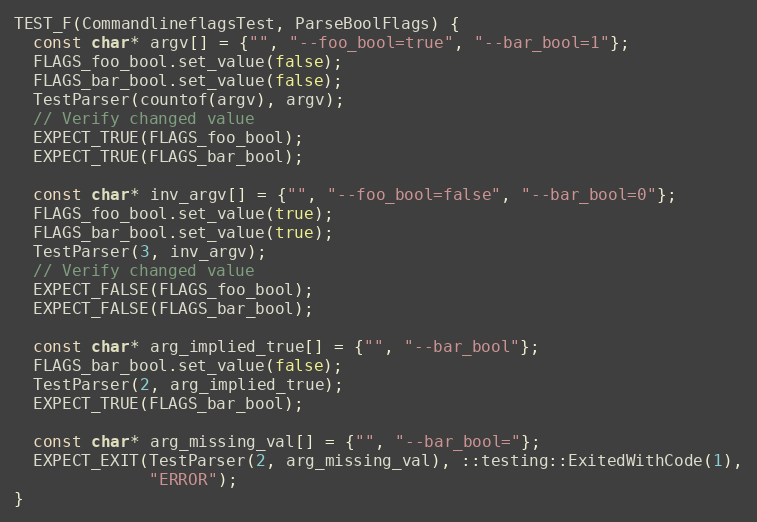
Language: C++
TEST_F(CommandlineflagsTest, ParseBoolFlags) {
  const char* argv[] = {"", "--foo_bool=true", "--bar_bool=1"};
  FLAGS_foo_bool.set_value(false);
  FLAGS_bar_bool.set_value(false);
  TestParser(countof(argv), argv);
  // Verify changed value
  EXPECT_TRUE(FLAGS_foo_bool);
  EXPECT_TRUE(FLAGS_bar_bool);

  const char* inv_argv[] = {"", "--foo_bool=false", "--bar_bool=0"};
  FLAGS_foo_bool.set_value(true);
  FLAGS_bar_bool.set_value(true);
  TestParser(3, inv_argv);
  // Verify changed value
  EXPECT_FALSE(FLAGS_foo_bool);
  EXPECT_FALSE(FLAGS_bar_bool);

  const char* arg_implied_true[] = {"", "--bar_bool"};
  FLAGS_bar_bool.set_value(false);
  TestParser(2, arg_implied_true);
  EXPECT_TRUE(FLAGS_bar_bool);

  const char* arg_missing_val[] = {"", "--bar_bool="};
  EXPECT_EXIT(TestParser(2, arg_missing_val), ::testing::ExitedWithCode(1),
              "ERROR");
}